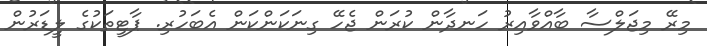
މިރޭ މިޖަލްސާ ބާއްވާއިރު ހަނދާން ކުރަން ޖެހޭ ގިނަކަންކަން އެބަހުރި. ޕާޓީތަކުގެ ލީޑަރުން